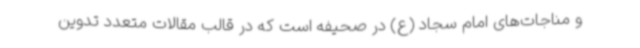
و مناجات‌های امام سجاد (ع) در صحیفه است که در قالب مقالات متعدد تدوین